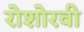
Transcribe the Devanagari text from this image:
रोशोरवी